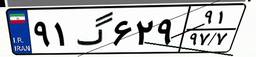
۹۱گ۶۲۹۹۱